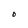
Character: 0